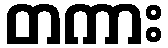
တကား